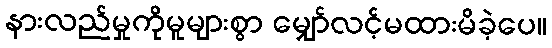
နားလည်မှုကိုမူများစွာ မျှော်လင့်မထားမိခဲ့ပေ။